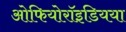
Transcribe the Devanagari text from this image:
ओफियोरॉइडियया